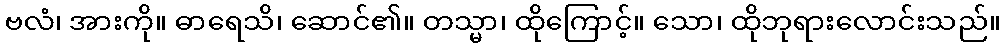
ဗလံ၊ အားကို။ ဓာရေသိ၊ ဆောင်၏။ တသ္မာ၊ ထိုကြောင့်။ သော၊ ထိုဘုရားလောင်းသည်။